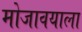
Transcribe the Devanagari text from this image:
मोजावयाला